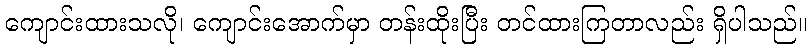
ကျောင်းထားသလို၊ ကျောင်းအောက်မှာ တန်းထိုးပြီး တင်ထားကြတာလည်း ရှိပါသည်။